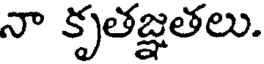
నా కృతజ్ఞతలు.